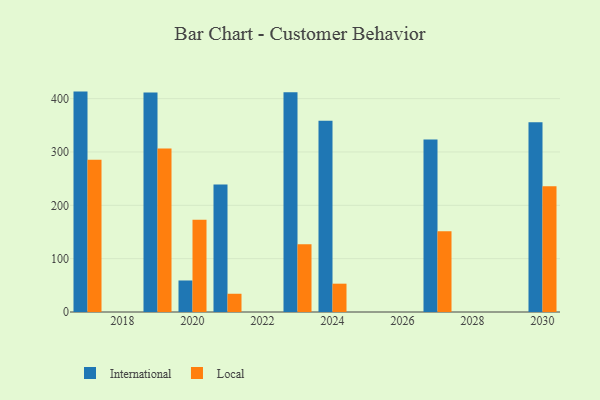
{"axis": {"x": "Year", "y": "Budget (USD K)"}, "legend": ["International", "Local"], "data": [{"x": "2023", "y": 412.1, "type": "International"}, {"x": "2023", "y": 127.0, "type": "Local"}, {"x": "2027", "y": 323.4, "type": "International"}, {"x": "2027", "y": 151.6, "type": "Local"}, {"x": "2021", "y": 238.9, "type": "International"}, {"x": "2021", "y": 34.2, "type": "Local"}, {"x": "2030", "y": 355.7, "type": "International"}, {"x": "2030", "y": 235.9, "type": "Local"}, {"x": "2017", "y": 413.2, "type": "International"}, {"x": "2017", "y": 285.3, "type": "Local"}, {"x": "2019", "y": 411.4, "type": "International"}, {"x": "2019", "y": 306.3, "type": "Local"}, {"x": "2024", "y": 358.6, "type": "International"}, {"x": "2024", "y": 53.1, "type": "Local"}, {"x": "2020", "y": 59.1, "type": "International"}, {"x": "2020", "y": 172.8, "type": "Local"}]}